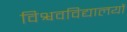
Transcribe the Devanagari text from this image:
विश्ववविद्यालयों